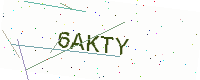
Text: 6AKTY